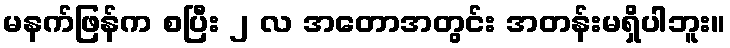
မနက်ဖြန်က စပြီး ၂ လ အတောအတွင်း အတန်းမရှိပါဘူး။